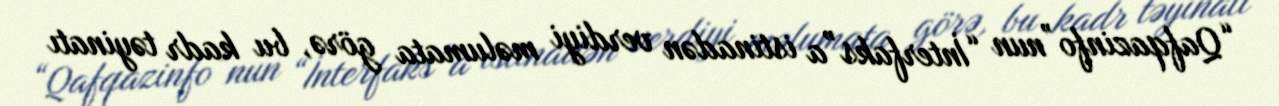
“Qafqazinfo”nun “İnterfaks”a istinadən verdiyi məlumata görə, bu kadr təyinatı